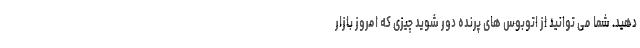
دهید. شما می توانید از اتوبوس های پرنده دور شوید چیزی که امروز بازار